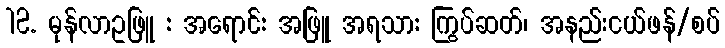
12. မုန်လာဥဖြူ : အရောင်: အဖြူ အရသာ: ကြွပ်ဆတ်၊ အနည်းငယ်ဖန်/စပ်